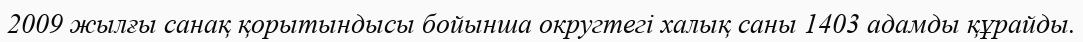
2009 жылғы санақ қорытындысы бойынша округтегі халық саны 1403 адамды құрайды.